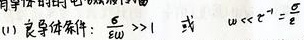
(1) 良导条件：$\omega\tau\gg1$ 或 $\omega\ll\tau^{-1}=\frac{\sigma}{\varepsilon}$